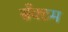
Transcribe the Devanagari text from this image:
सँक्टम